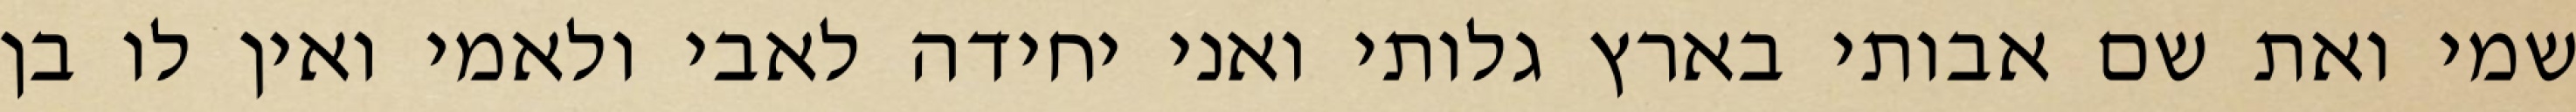
שמי ואת שם אבותי בארץ גלותי ואני יחידה לאבי ולאמי ואין לו בן